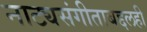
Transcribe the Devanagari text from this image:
नाट्यसंगीताबद्दलही